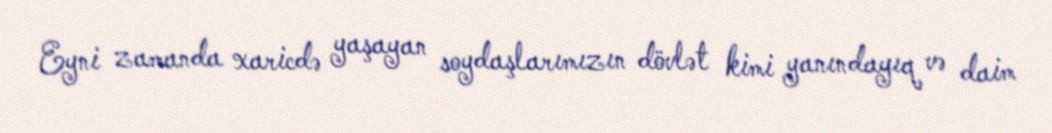
Eyni zamanda xaricdə yaşayan soydaşlarımızın dövlət kimi yanındayıq və daim